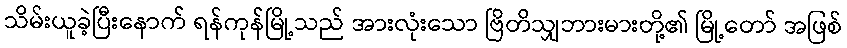
သိမ်းယူခဲ့ပြီးနောက် ရန်ကုန်မြို့သည် အားလုံးသော ဗြိတိသျှဘားမားတို့၏ မြို့တော် အဖြစ်